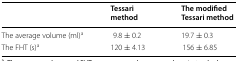
<table><thead><tr><td></td><td><b>Tessari method</b></td><td><b>The modified Tessari method</b></td></tr></thead><tbody><tr><td>The average volume (ml)<sup>a</sup></td><td>9.8 ± 0.2</td><td>19.7 ± 0.3</td></tr><tr><td>The FHT (s)<sup>a</sup></td><td>120 ± 4.13</td><td>156 ± 6.85</td></tr></tbody></table>